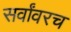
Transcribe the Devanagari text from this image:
सर्वांवरच